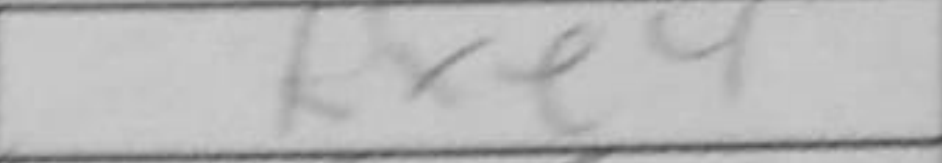
Transcription: Rxe4